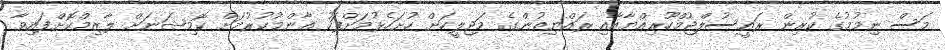
މަސް ނިމުމުގެ ކުރިން ރައީސުލްޖުމްހޫރިއްޔާއާއި ރައްޔިތުންގެ މަޖިލީހަށް ހުށަހެޅުމަށްފަހު ޢާންމުކުރުމަށް ކޮމިޝަނަށް ލާޒިމްކޮށްފައިވާ